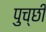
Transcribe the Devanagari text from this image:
पुच्छी